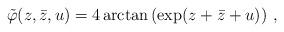
LaTeX: \begin{align*}\tilde{\varphi}(z,\bar{z},u)=4\arctan\left(\exp(z+\bar{z}+u)\right)\,,\end{align*}